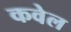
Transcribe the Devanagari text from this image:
कवेल